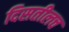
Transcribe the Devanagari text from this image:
दिसतीलच